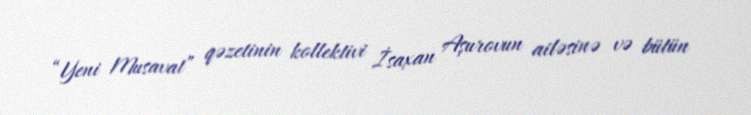
“Yeni Musavat” qəzetinin kollektivi İsaxan Aşurovun ailəsinə və bütün